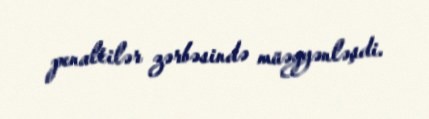
penaltilər zərbəsində müəyyənləşdi.